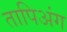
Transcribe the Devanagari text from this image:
तापिअंग